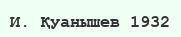
И. Қуанышев 1932